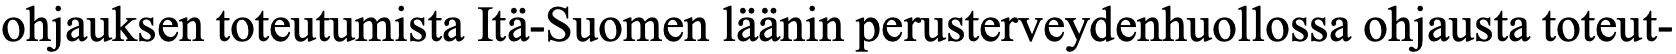
ohjauksen toteutumista Itä-Suomen läänin perusterveydenhuollossa ohjausta toteut-